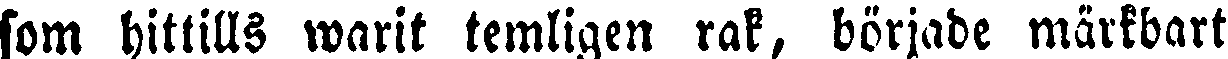
som hittills warit temligen rak, började märkbart